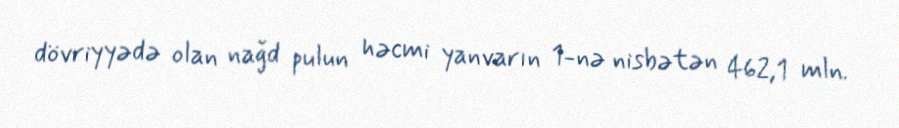
dövriyyədə olan nağd pulun həcmi yanvarın 1-nə nisbətən 462,1 mln.